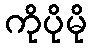
ကိုပိုမို